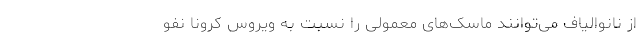
از نانوالیاف می‌توانند ماسک‌های معمولی را نسبت به ویروس کرونا نفو